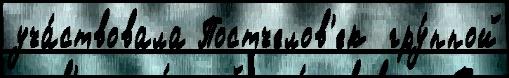
уча́ствовала Постчелов'ек  гру́ппой